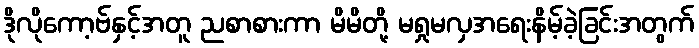
ဒိုလိုကော့ဗ်နှင့်အတူ ညစာစားကာ မိမိတို့ မရှုမလှအရေးနိမ့်ခဲ့ခြင်းအတွက်